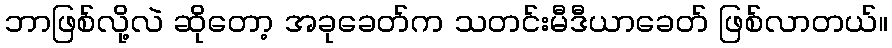
ဘာဖြစ်လို့လဲ ဆိုတော့ အခုခေတ်က သတင်းမီဒီယာခေတ် ဖြစ်လာတယ်။